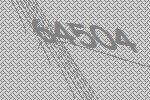
64504